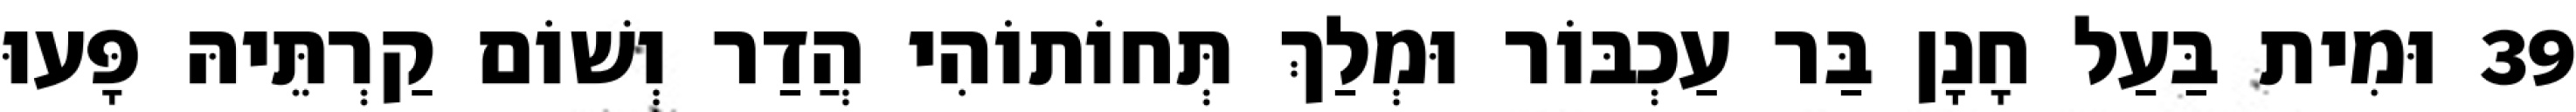
39 וּמִית בַּעַל חָנָן בַּר עַכְבּוֹר וּמְלַךְ תְּחוֹתוֹהִי הֲדַר וְשׁוֹם קַרְתֵּיהּ פָּעוּ